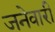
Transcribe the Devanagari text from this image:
जनेवारी